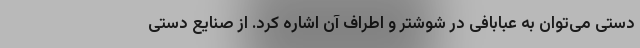
دستی می‌توان به عبابافی در شوشتر و اطراف آن اشاره کرد. از صنایع دستی